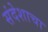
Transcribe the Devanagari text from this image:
संदेशाचा